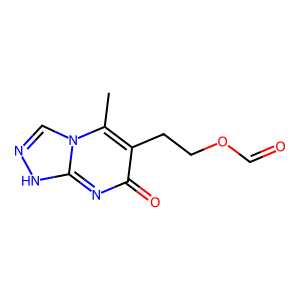
SMILES: Cc1c(CCOC=O)c(=O)nc2[nH]ncn12
Inhibits HIV replication: No